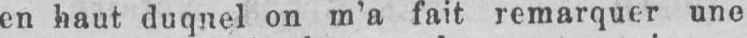
en haut duquel on m’a fait remarquer une